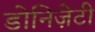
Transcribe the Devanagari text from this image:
डोनिज़ेटी